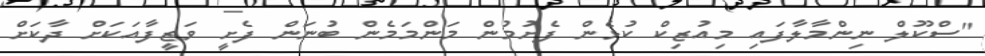
"ސްކޫލް ނިންމާލާފައި މިއުޒިކް ކުޅެން ފެށުމުން މަންމަމެން ބުނަން ފެށީ ވަޒީފާއަކަށް ދާކަށް